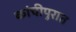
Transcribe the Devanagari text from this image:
कांचीपुरात